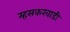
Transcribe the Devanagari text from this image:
म्हसकरवाडी